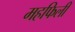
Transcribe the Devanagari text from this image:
महफिली